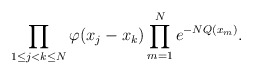
\begin{align*}\prod_{1\leq j<k\leq N} \varphi (x_j-x_k) \prod_{m=1}^N e^{- NQ(x_m)}.\end{align*}